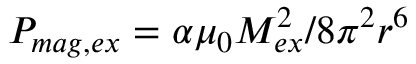
P _ { m a g , e x } = \alpha \mu _ { 0 } M _ { e x } ^ { 2 } / 8 \pi ^ { 2 } r ^ { 6 }